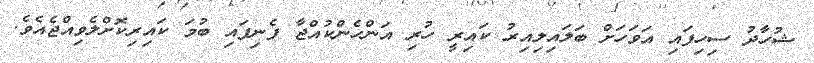
ޝުހާދު ސިހިފައި އަވަހަށް ބަލައިލިއިރު ކައިރީ ހުރި އަންހެންކުއްޖާ ފެނިފައި ބުމަ ކައިރިކޮށްލެވިއްޖެއެވެ.